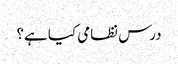
درس نظامی کیا ہے؟